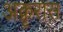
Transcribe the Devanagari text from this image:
अक्रृरास